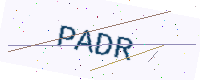
Text: PADR